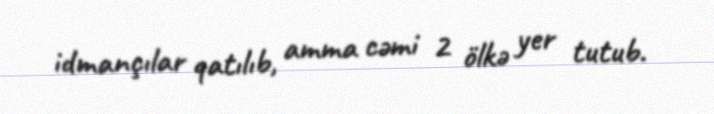
idmançılar qatılıb, amma cəmi 2 ölkə yer tutub.